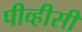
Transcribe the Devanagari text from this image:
पीव्हीसी